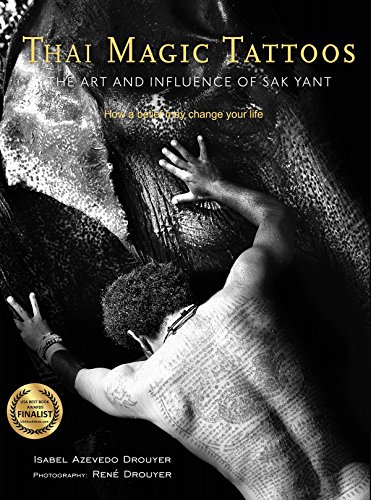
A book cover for Thai Magic Tattoos: The Art and Influence of Sak Yant; Isabel Azevedo Drouyer; Arts & Photography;